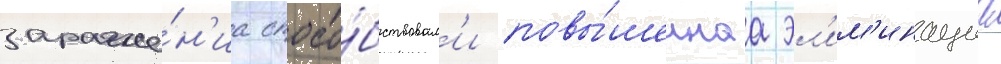
зараже́н'иа спосо́бствовал'и повы́шеннаа эл'им'инациа